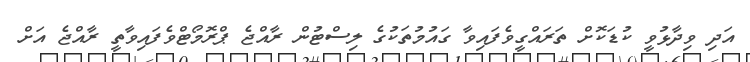
އަދި ވިދާޅުވީ ކުޑަކޮށް ތަރައްގީވެފައިވާ ގައުމުތަކުގެ ލިސްޓުން ރާއްޖެ ޕްރޮމޯޓްވެފައިވާތީ ރާއްޖެ އަށް